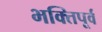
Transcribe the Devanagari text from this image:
भक्तिपूर्व